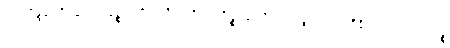
ဝေါဘိန္ဒန္တာ ဝိနေတဗ္ဗာနဉ္စ ဒုတိယာဝိဘတ္တိ သကိဉ္စနောတိ အာဂန္တုကဝတ္တာဒီနိ လောပဂ္ဂဟဏဉ္စ